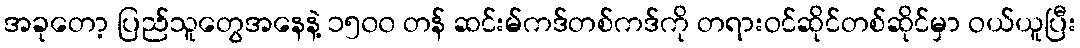
အခုတော့ ပြည်သူတွေအနေနဲ့ ၁၅၀၀ တန် ဆင်းမ်ကဒ်တစ်ကဒ်ကို တရားဝင်ဆိုင်တစ်ဆိုင်မှာ ဝယ်ယူပြီး